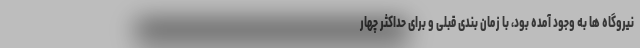
نیروگاه ها به وجود آمده بود، با زمان بندی قبلی و برای حداکثر چهار